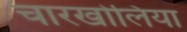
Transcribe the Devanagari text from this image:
चारखोलिया